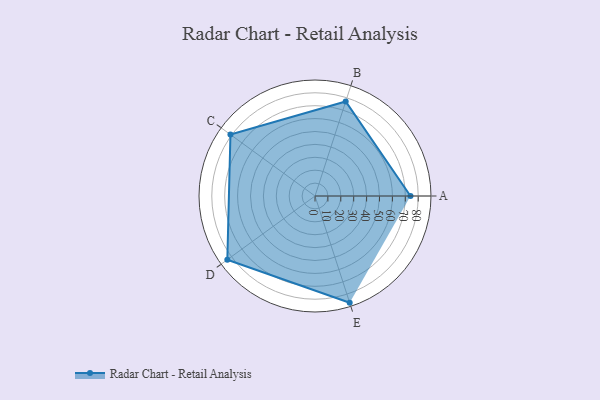
{"axis": {"x": "Skill", "y": "Score"}, "legend": ["Profile"], "data": [{"x": "A", "y": 74.0, "type": "Profile"}, {"x": "B", "y": 77.0, "type": "Profile"}, {"x": "C", "y": 81.0, "type": "Profile"}, {"x": "D", "y": 84.0, "type": "Profile"}, {"x": "E", "y": 87.0, "type": "Profile"}]}